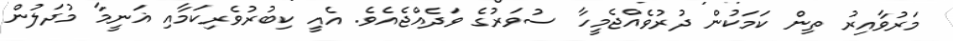
މަރުވާއިރު ތިން ކަމަކުން ދުރުވެއްޖެމީހާ ސުވަރުގެ ވަދެއްޖެއެވެ. އެއީ ކިބުރުވެރިކަމާއި ޣަނީމާ މުދަލުން